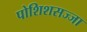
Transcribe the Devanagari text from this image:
पोशिशसज्जा